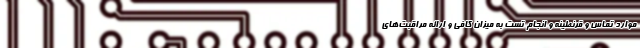
موارد تماس و قرنطینه و انجام تست به میزان کافی و ارائه مراقبت‌های